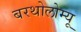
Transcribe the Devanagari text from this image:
बरथोलोम्यू